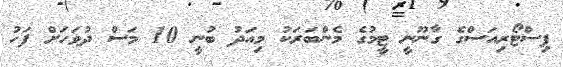
ޕިސްޓޯރިއަސްގެ ގާނޫނީ ޓީމުގެ މެންބަރަކު މިއަދު ބުނީ 10 މަސް ދުވަހަށް ފަހު